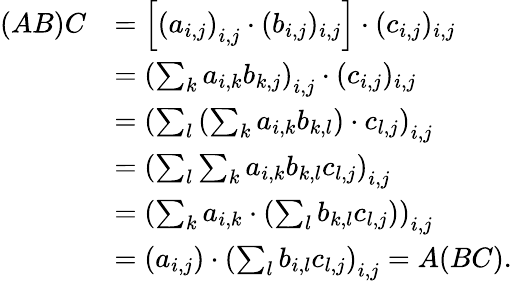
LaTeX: \begin{array}{rl}{(AB)C}&{=\left[\left(a_{i,j}\right)_{i,j}\cdot(b_{i,j})_{i,j}\right]\cdot(c_{i,j})_{i,j}}\\ &{=\left(\sum_{k}a_{i,k}b_{k,j}\right)_{i,j}\cdot(c_{i,j})_{i,j}}\\ &{=\left(\sum_{l}\left(\sum_{k}a_{i,k}b_{k,l}\right)\cdot c_{l,j}\right)_{i,j}}\\ &{=\left(\sum_{l}\sum_{k}a_{i,k}b_{k,l}c_{l,j}\right)_{i,j}}\\ &{=\left(\sum_{k}a_{i,k}\cdot\left(\sum_{l}b_{k,l}c_{l,j}\right)\right)_{i,j}}\\ &{=\left(a_{i,j}\right)\cdot\left(\sum_{l}b_{i,l}c_{l,j}\right)_{i,j}=A(BC).}\end{array}